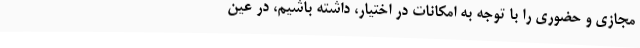
مجازی و حضوری را با توجه به امکانات در اختیار، داشته باشیم، در عین